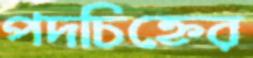
পদচিহ্নের